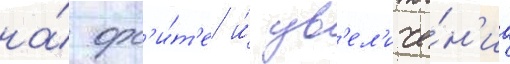
на́ орб'и́т'е и́ ув'ел'иче́н'иа